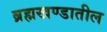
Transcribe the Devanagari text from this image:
ब्रह्मखण्डातील